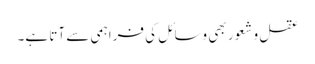
عقل و شعور بھی وسائل کی فراہمی سے آتا ہے۔